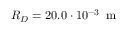
R _ { D } = 2 0 . 0 \cdot 1 0 ^ { - 3 } \, \mathrm { ~ m ~ }